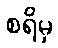
စရိမှ